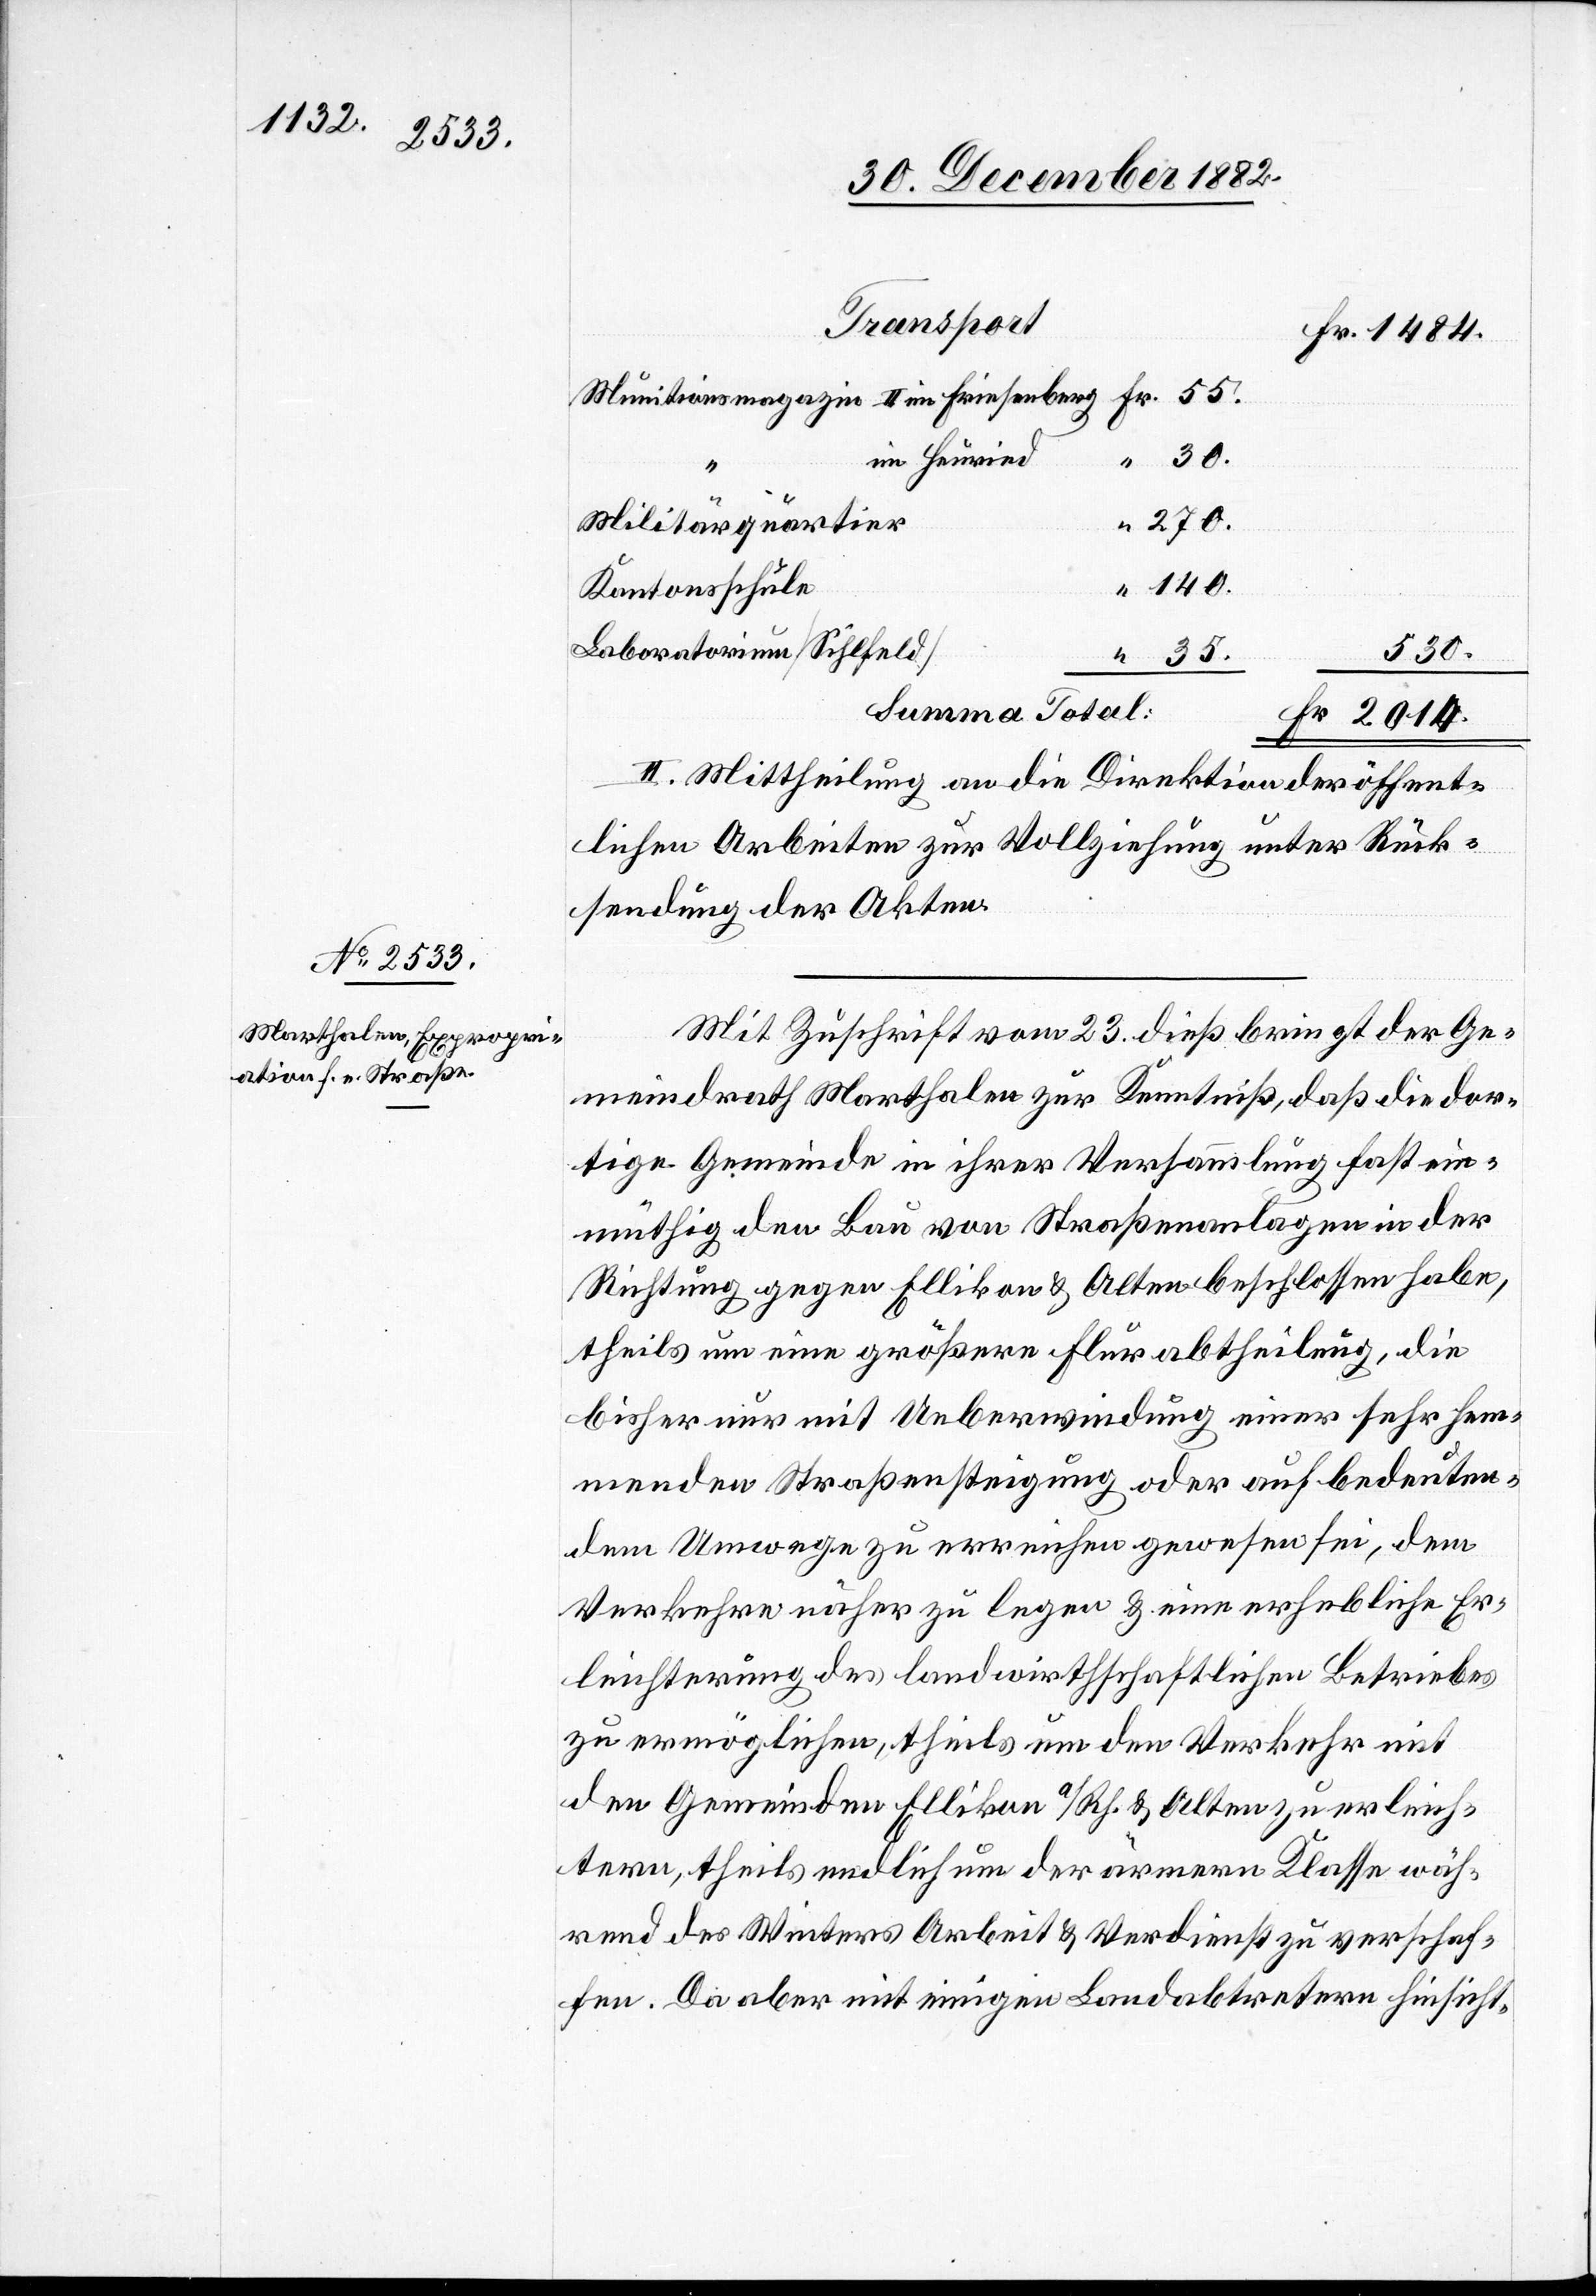
im Heuried
270.
Militärquartier
140.
Kantonsschule
Laboratorium [Sihlfeld]
350.
summa Total
II. Mittheilung an die Direktion der öffent¬
lichen Arbeiten zur Vollziehung unter Rück¬
sendung der Akten.
Mit Zuschrift vom 23. dieß bringt der Ge¬
meindrath Marthalen zur Kenntniß, daß die dor¬
tige Gemeinde in ihrer Versammlung fast ein¬
müthig den Bau von Straßenanlagen in der
Richtung gegen Ellikon & Alten beschlossen habe,
theils um eine größere Flurabtheilung, die
bisher nur mit Ueberwindung einer sehr hem¬
menden Straßensteigung oder auf bedeuten¬
dem Umwege zu erreichen gewesen sei, dem
Verkehre näher zu legen & eine erhebliche Er¬
leichterung des landwirthschaftlichen Betriebes
ermöglichen, theils um den Verkehr mit
den Gemeinden Ellikon a/Rh. & Alten zu erleich¬
tern, theils endlich um der ärmern Klasse wäh¬
rend des Winters Arbeit & Verdienst zu verschaf¬
fen. Da aber mit einigen Landabtretern hinsicht-